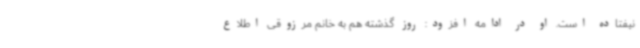
نیفتاده است. او در ادامه افزود: روز گذشته هم به خانم مرزوقی اطلاع